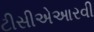
ટીસીએઆરવી